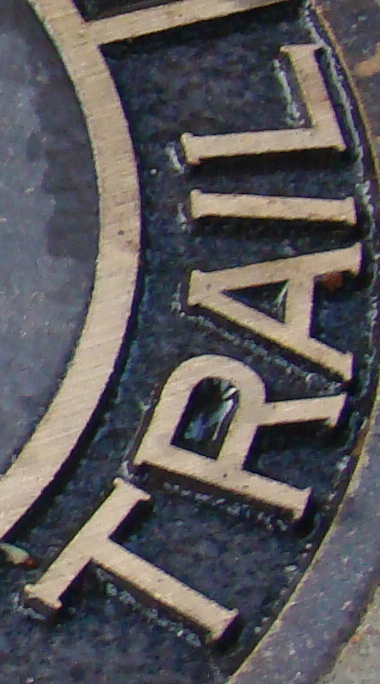
TRAIL